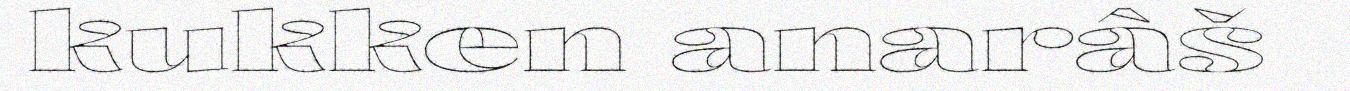
kukken anarâš